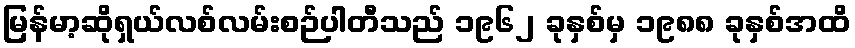
မြန်မာ့ဆိုရှယ်လစ်လမ်းစဉ်ပါတီသည် ၁၉၆၂ ခုနှစ်မှ ၁၉၈၈ ခုနှစ်အထိ